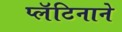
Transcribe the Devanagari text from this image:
प्लॅटिनाने